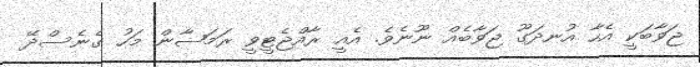
ޖަވާބަކީ އެހާ އުނދަގޫ ޖަވާބެއް ނޫނެވެ. އެއީ ރާއްޖެޓީވީ ރަމަޟާން މަހު ގެނެސްދޭ